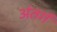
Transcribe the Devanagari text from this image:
अंतर्ग